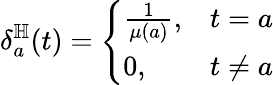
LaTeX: \delta_{a}^{\mathbb{H}}(t)={\left\{ \begin{array}{ll}{{\frac{1}{\mu(a)}},}&{t=a}\\ {0,}&{t\neq a}\end{array}\right.}